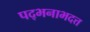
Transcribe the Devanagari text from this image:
पद्भनाभदत्त